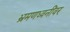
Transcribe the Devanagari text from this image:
भ्रमणध्वनींवर